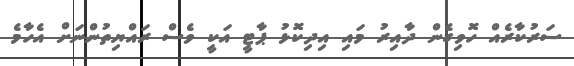
ސަރުކާރެއް ހޮވިގެން ދާއިރު މައި އިދިކޮޅު ޕާޓީ އަކީ ވެސް ރައްޔިތުންނަށް އެހާމެ